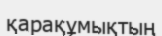
қарақұмықтың